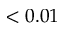
< 0 . 0 1